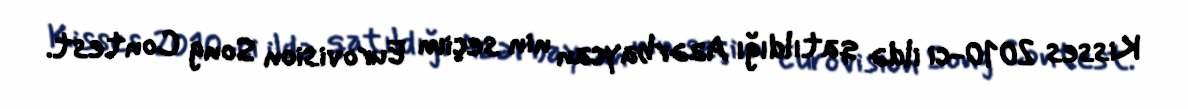
Kisses 2010-ci ildə qatıldığı Azərbaycan nin seçim Eurovision Song Contest.